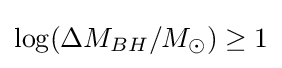
\log(\Delta M_{BH}/M_{\odot })\geq 1